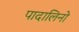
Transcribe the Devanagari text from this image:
पादालिनो